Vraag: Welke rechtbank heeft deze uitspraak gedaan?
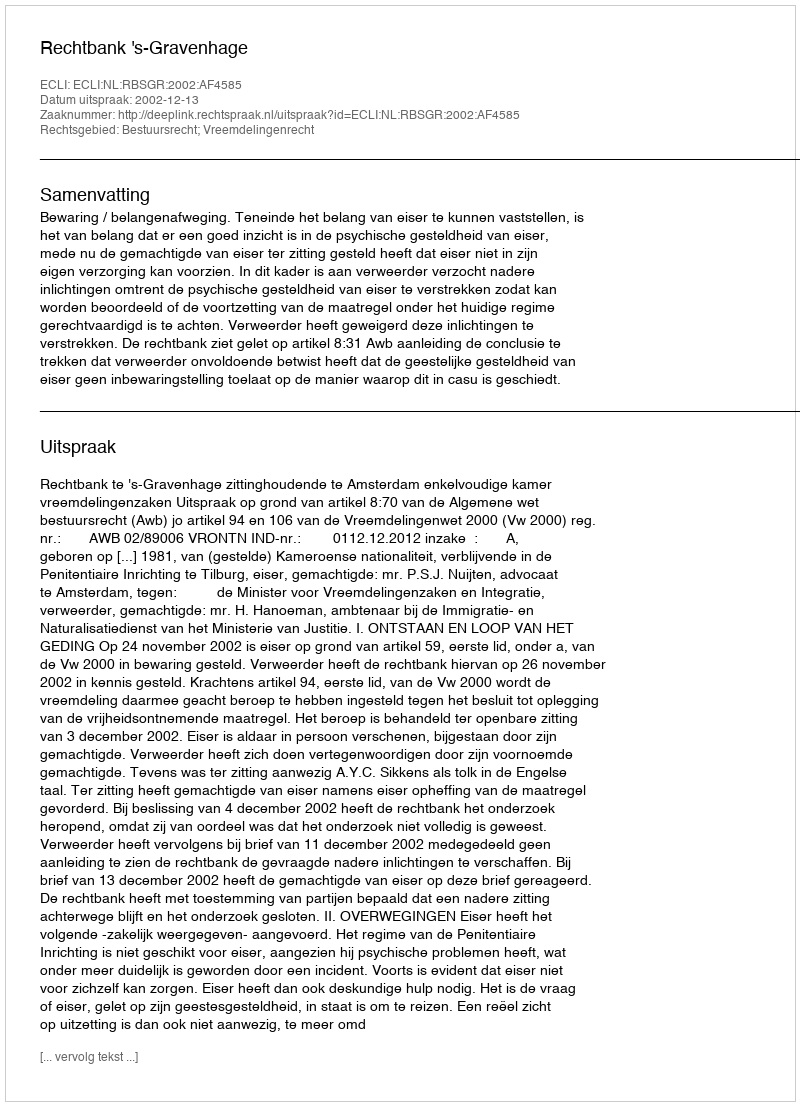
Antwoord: Rechtbank 's-Gravenhage